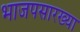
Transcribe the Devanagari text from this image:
भाजपसारख्या